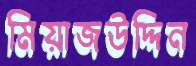
মিয়াজউদ্দিন